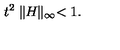
t ^ { 2 } \parallel \! \! H \! \! \parallel _ { \infty } < 1 .